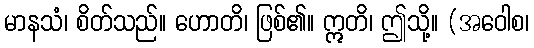
မာနသံ၊ စိတ်သည်။ ဟောတိ၊ ဖြစ်၏။ ဣတိ၊ ဤသို့။ (အဝေါစ၊